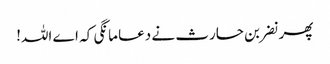
پھر نضر بن حارث نے دعا مانگی کہ اے اللہ!